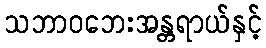
သဘာဝဘေးအန္တရာယ်နှင့်